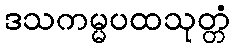
ဒသကမ္မပထသုတ္တံ